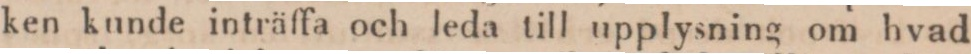
ken kunde inträffa och leda till upplysning om hvad